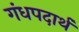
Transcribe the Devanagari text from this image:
गंधपदार्थ